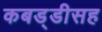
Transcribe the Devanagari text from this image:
कबड्डीसह